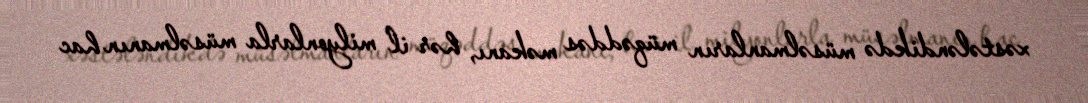
xəstələndikdə müsəlmanların müqəddəs məkanı, hər il milyonlarla müsəlmanın hac